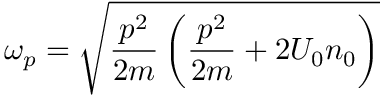
{ \omega _ { p } } = { \sqrt { { \frac { p ^ { 2 } } { 2 m } } \left( { { \frac { p ^ { 2 } } { 2 m } } + 2 { U _ { 0 } } { n _ { 0 } } } \right) } }